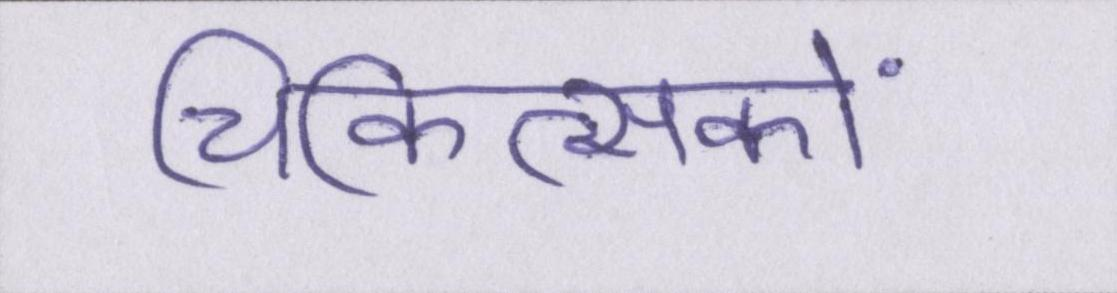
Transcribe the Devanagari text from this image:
चिकित्सकों